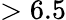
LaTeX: >6.5